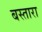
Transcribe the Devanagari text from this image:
बस्तारा